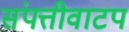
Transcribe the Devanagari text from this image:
संपत्तीवाटप